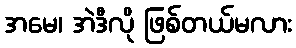
အမေ၊ အဲဒီလို ဖြစ်တယ်မလား